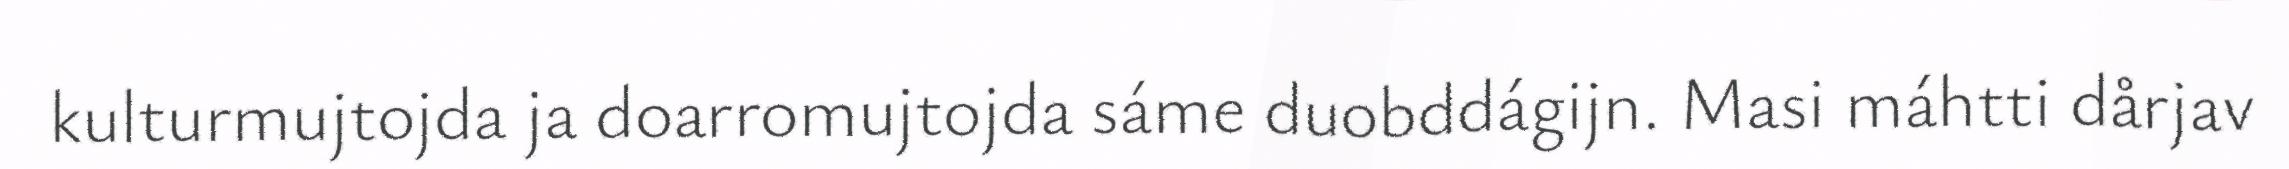
kulturmujtojda ja doarromujtojda sáme duobddágijn. Masi máhtti dårjav